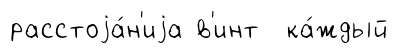
расстоjа́н'иjа в'инт ка́ждый